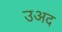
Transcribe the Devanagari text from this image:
उअद